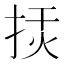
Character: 𢭅